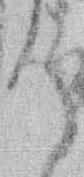
て